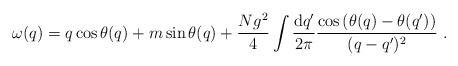
LaTeX: \begin{align*}\omega(q) = q \cos \theta(q) + m \sin \theta(q)+\frac{Ng^2}{4} \int \frac{{\rm d}q'}{2\pi} \frac{\cos \left( \theta(q)-\theta(q') \right)}{(q-q')^2}\ .\end{align*}